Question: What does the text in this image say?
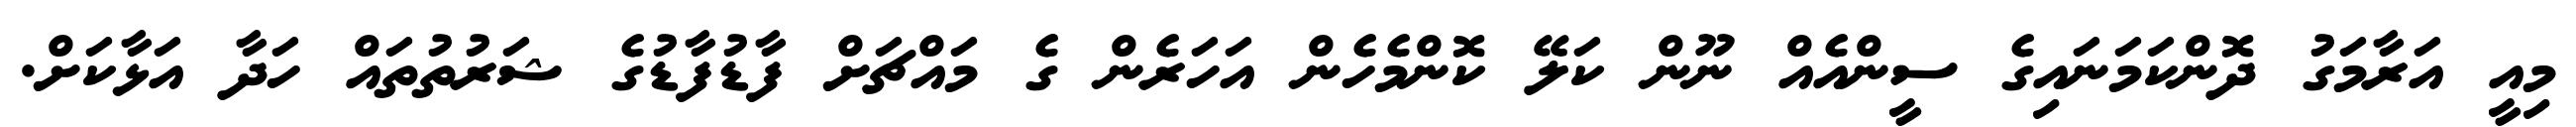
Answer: މިއީ އަރާމަގު ދޮންކަމަނައިގެ ސީންއެއް ނޫން ކަލޭ ކޮންމެހެން އަހަރެން ގެ މައްޗަށް ފާޑުފާޑުގެ ޝަރުތުތައް ހަދާ އަޅާކަށް.